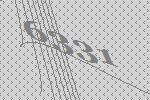
6331